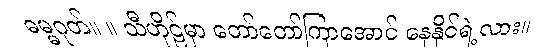
ဓမ္မဂုတ်။ ။ သီဟိုဠ်မှာ တော်တော်ကြာအောင် နေနိုင်ရဲ့လား။